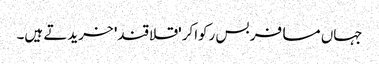
جہاں مسافر بس رکواکر 'قلاقند' خریدتے ہیں۔